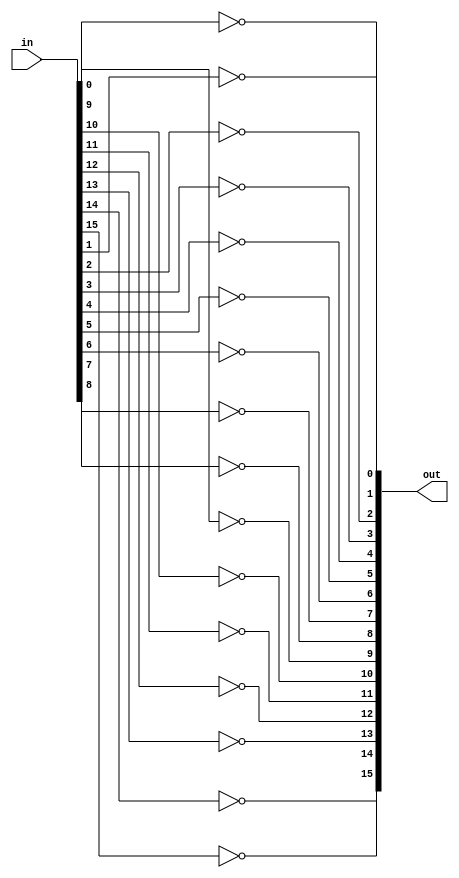
module Not16(in, out);
input [15:0] in;
output [15:0] out;

not n00(out[0], in[0]);
not n01(out[1], in[1]);
not n02(out[2], in[2]);
not n03(out[3], in[3]);
not n04(out[4], in[4]);
not n05(out[5], in[5]);
not n06(out[6], in[6]);
not n07(out[7], in[7]);
not n08(out[8], in[8]);
not n09(out[9], in[9]);
not n10(out[10], in[10]);
not n11(out[11], in[11]);
not n12(out[12], in[12]);
not n13(out[13], in[13]);
not n14(out[14], in[14]);
not n15(out[15], in[15]);

endmodule